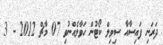
ދަރަނި ފައިސާއާ ސިވިލް ކޯޓުން ހަވާލެއްނުވި 07 މާޗް 2012 - 3